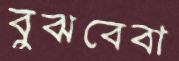
বুঝবেবা